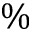
\%